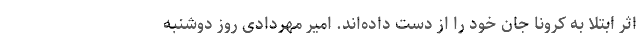
اثر ابتلا به کرونا جان خود را از دست داده‌اند. امیر مهردادی روز دوشنبه